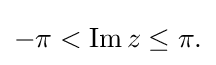
{\textstyle -\pi <\operatorname {Im} z\leq \pi .}